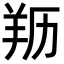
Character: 𦍠